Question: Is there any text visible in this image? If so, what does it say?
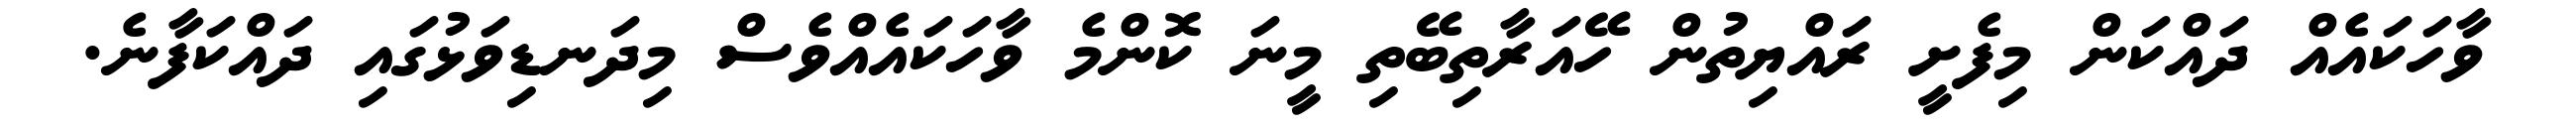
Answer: ވާހަކައެއް ދައްކަން މިފެށީ ރައްޔިތުން ހޭއަރާތިބޭތި މީނަ ކޮންމެ ވާހަކައެއްވެސް މިދަނޑިވަޅުގައި ދައްކަފާނެ.